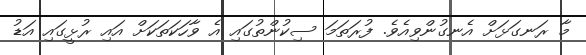
މާ ރަނގަޅަށް އެނގުންވިއެވެ. ފުރަތަމަ ސިކުންތުގައި އެ ވާހަކަތަކަށް އައި ރުޅީގައި އަޑު